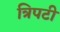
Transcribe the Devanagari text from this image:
त्रिपटी